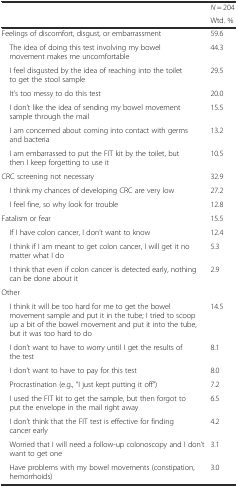
<table><thead><tr><td rowspan="2"></td><td><b><i>N</i> = 204</b></td></tr><tr><td><b>Wtd. %</b></td></tr></thead><tbody><tr><td>Feelings of discomfort, disgust, or embarrassment</td><td>59.6</td></tr><tr><td> The idea of doing this test involving my bowel movement makes me uncomfortable</td><td>44.3</td></tr><tr><td> I feel disgusted by the idea of reaching into the toilet to get the stool sample</td><td>29.5</td></tr><tr><td> It’s too messy to do this test</td><td>20.0</td></tr><tr><td> I don’t like the idea of sending my bowel movement sample through the mail</td><td>15.5</td></tr><tr><td> I am concerned about coming into contact with germs and bacteria</td><td>13.2</td></tr><tr><td> I am embarrassed to put the FIT kit by the toilet, but then I keep forgetting to use it</td><td>10.5</td></tr><tr><td>CRC screening not necessary</td><td>32.9</td></tr><tr><td> I think my chances of developing CRC are very low</td><td>27.2</td></tr><tr><td> I feel fine, so why look for trouble</td><td>12.8</td></tr><tr><td>Fatalism or fear</td><td>15.5</td></tr><tr><td> If I have colon cancer, I don’t want to know</td><td>12.4</td></tr><tr><td> I think if I am meant to get colon cancer, I will get it no matter what I do</td><td>5.3</td></tr><tr><td> I think that even if colon cancer is detected early, nothing can be done about it</td><td>2.9</td></tr><tr><td>Other</td><td></td></tr><tr><td> I think it will be too hard for me to get the bowel movement sample and put it in the tube; I tried to scoop up a bit of the bowel movement and put it into the tube, but it was too hard to do</td><td>14.5</td></tr><tr><td> I don’t want to have to worry until I get the results of the test</td><td>8.1</td></tr><tr><td> I don’t want to have to pay for this test</td><td>8.0</td></tr><tr><td> Procrastination (e.g., “I just kept putting it off”)</td><td>7.2</td></tr><tr><td> I used the FIT kit to get the sample, but then forgot to put the envelope in the mail right away</td><td>6.5</td></tr><tr><td> I don’t think that the FIT test is effective for finding cancer early</td><td>4.2</td></tr><tr><td> Worried that I will need a follow-up colonoscopy and I don’t want to get one</td><td>3.1</td></tr><tr><td> Have problems with my bowel movements (constipation, hemorrhoids)</td><td>3.0</td></tr></tbody></table>